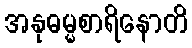
အနုဓမ္မစာရိနောတိ